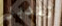
تتدبر